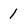
Character: 1